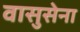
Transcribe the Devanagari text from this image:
वासुसेना